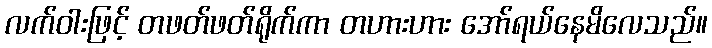
လက်ဝါးဖြင့် တဖတ်ဖတ်ရိုက်ကာ တဟားဟား အော်ရယ်နေမိလေသည်။